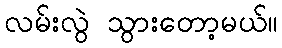
လမ်းလွဲ သွားတော့မယ်။